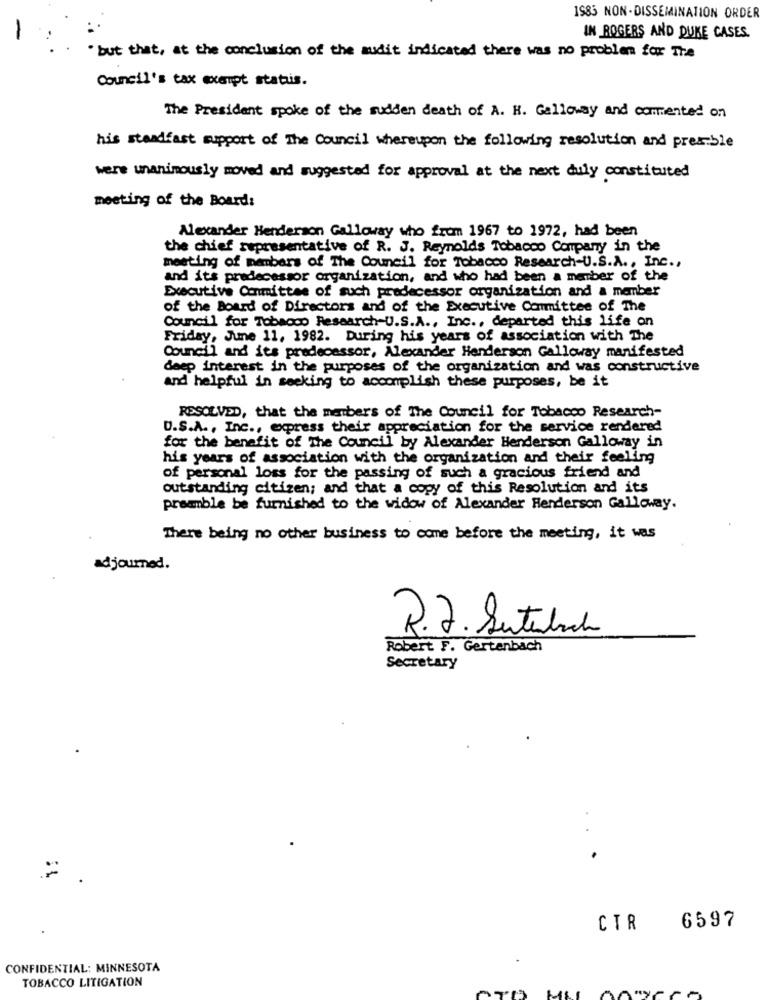
1985 NON-DISSEMINATION ORDER
IN ROGERS AND DUKE CASES.
" but that, at the conclusion of the audit indicated there was no problem for The
Council's tax exempt status.
The President spoke of the sudden death of A. H. Galloway and commented on
his steadfast support of The Council whereupon the following resolution and preamble
were unanimously moved and suggested for approval at the next duly constituted
meeting of the Board:
Alexander Henderson Galloway who from 1967 to 1972, had been
the chief representative of R. J. Reynolds Tobacco Company in the
meeting of members of The Council for Tobacco Research-U.S.A ., Inc .,
and its predecessor organization, and who had been a member of the
Executive Committee of such predecessor organization and a member
of the Board of Directors and of the Executive Committee of The
Council for Tobacco Research-U.S.A ., Inc ., departed this life on
Friday, June 11, 1982. During his years of association with The
Council and its predecessor, Alexander Henderson Galloway manifested
deep interest in the purposes of the organization and was constructive
and helpful in seeking to accomplish these purposes, be it
RESOLVED, that the members of The Council for Tobacco Research-
D.S.A ., Inc ., express their appreciation for the service rendered
for the benefit of The Council by Alexander Henderson Galloway in
his years of association with the organization and their feeling
of personal loss for the passing of such a gracious friend and
outstanding citizen; and that a copy of this Resolution and its
preamble be furnished to the widow of Alexander Henderson Galloway.
There being no other business to come before the meeting, it was
adjourned.
R.J. Sutubach
Robert F. Gertenbach
Secretary
6597
CTR
CONFIDENTIAL: MINNESOTA
TOBACCO LITIGATION